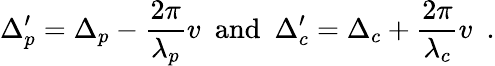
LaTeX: \Delta_{p}^{\prime}=\Delta_{p}-\frac{2\pi}{\lambda_{p}}v\, \, \, \mathrm{and}\, \, \, \Delta_{c}^{\prime}=\Delta_{c}+\frac{2\pi}{\lambda_{c}}v\, \, \, .